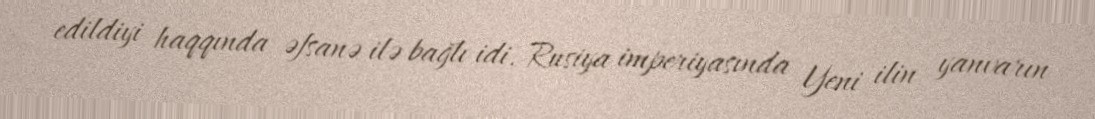
edildiyi haqqında əfsanə ilə bağlı idi. Rusiya imperiyasında Yeni ilin yanvarın